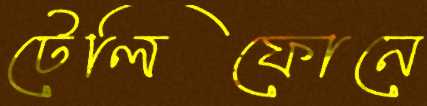
টেলিফোনে